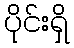
ပိုင်းရှိ